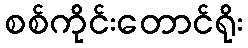
စစ်ကိုင်းတောင်ရိုး